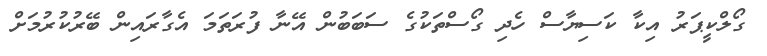
ގޯލްކީޕަރު އިކާ ކަސިޔާސް ހެދި ގޯސްތަކުގެ ސަބަބުން އޭނާ ފުރަތަމަ އެގާރައިން ބޭރުކުރުމަށް